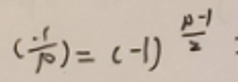
$(\frac{-1}{p})=(-1)^{\frac{p - 1}{2}}$